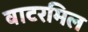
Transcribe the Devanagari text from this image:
वाटरमिल